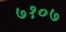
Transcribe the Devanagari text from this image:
७१०७